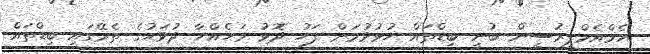
އެމްއެމްޕީރުސީން ބުނީ ބިޑްތައް ހުޅުވުމަށް ފަހު ދޮޅު މަހެއްހާ ދުވަހުގެ ތެރޭގައި ބިޑްތައް